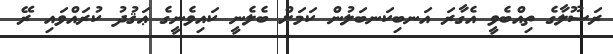
ރަސޫލާގެ ތިއްބެވީ އެގާރަ އަނބިކަނބަލުން ކަމަށް ބެލެނީ ކައިވެނީގެ ޢަޤުދު ކުރައްވައި ރޭ